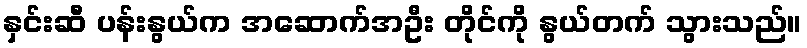
နှင်းဆီ ပန်းနွယ်က အဆောက်အဦး တိုင်ကို နွယ်တက် သွားသည်။